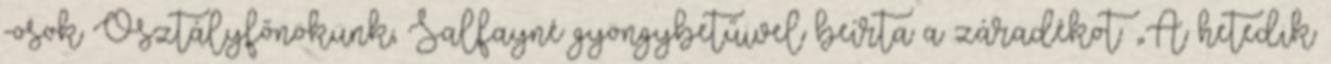
-osok Osztályfőnökünk, Salfayné gyöngybetűivel beírta a záradékot: „A hetedik